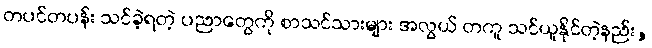
တပင်တပန်း သင်ခဲ့ရတဲ့ ပညာတွေကို စာသင်သားများ အလွယ် တကူ သင်ယူနိုင်တဲ့နည်း,